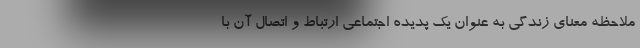
ملاحظه معنای زندگی به عنوان یک پدیده اجتماعی ارتباط و اتصال آن با